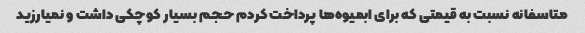
متاسفانه نسبت به قیمتی که برای ابمیوه‌ها پرداخت کردم حجم بسیار کوچکی داشت و نمیارزید